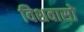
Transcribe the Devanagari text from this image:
विशवासो